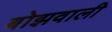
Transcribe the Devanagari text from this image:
बोझवाली